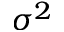
\sigma ^ { 2 }